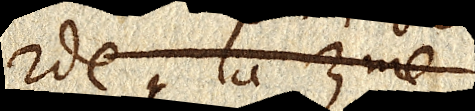
2de, la 3me